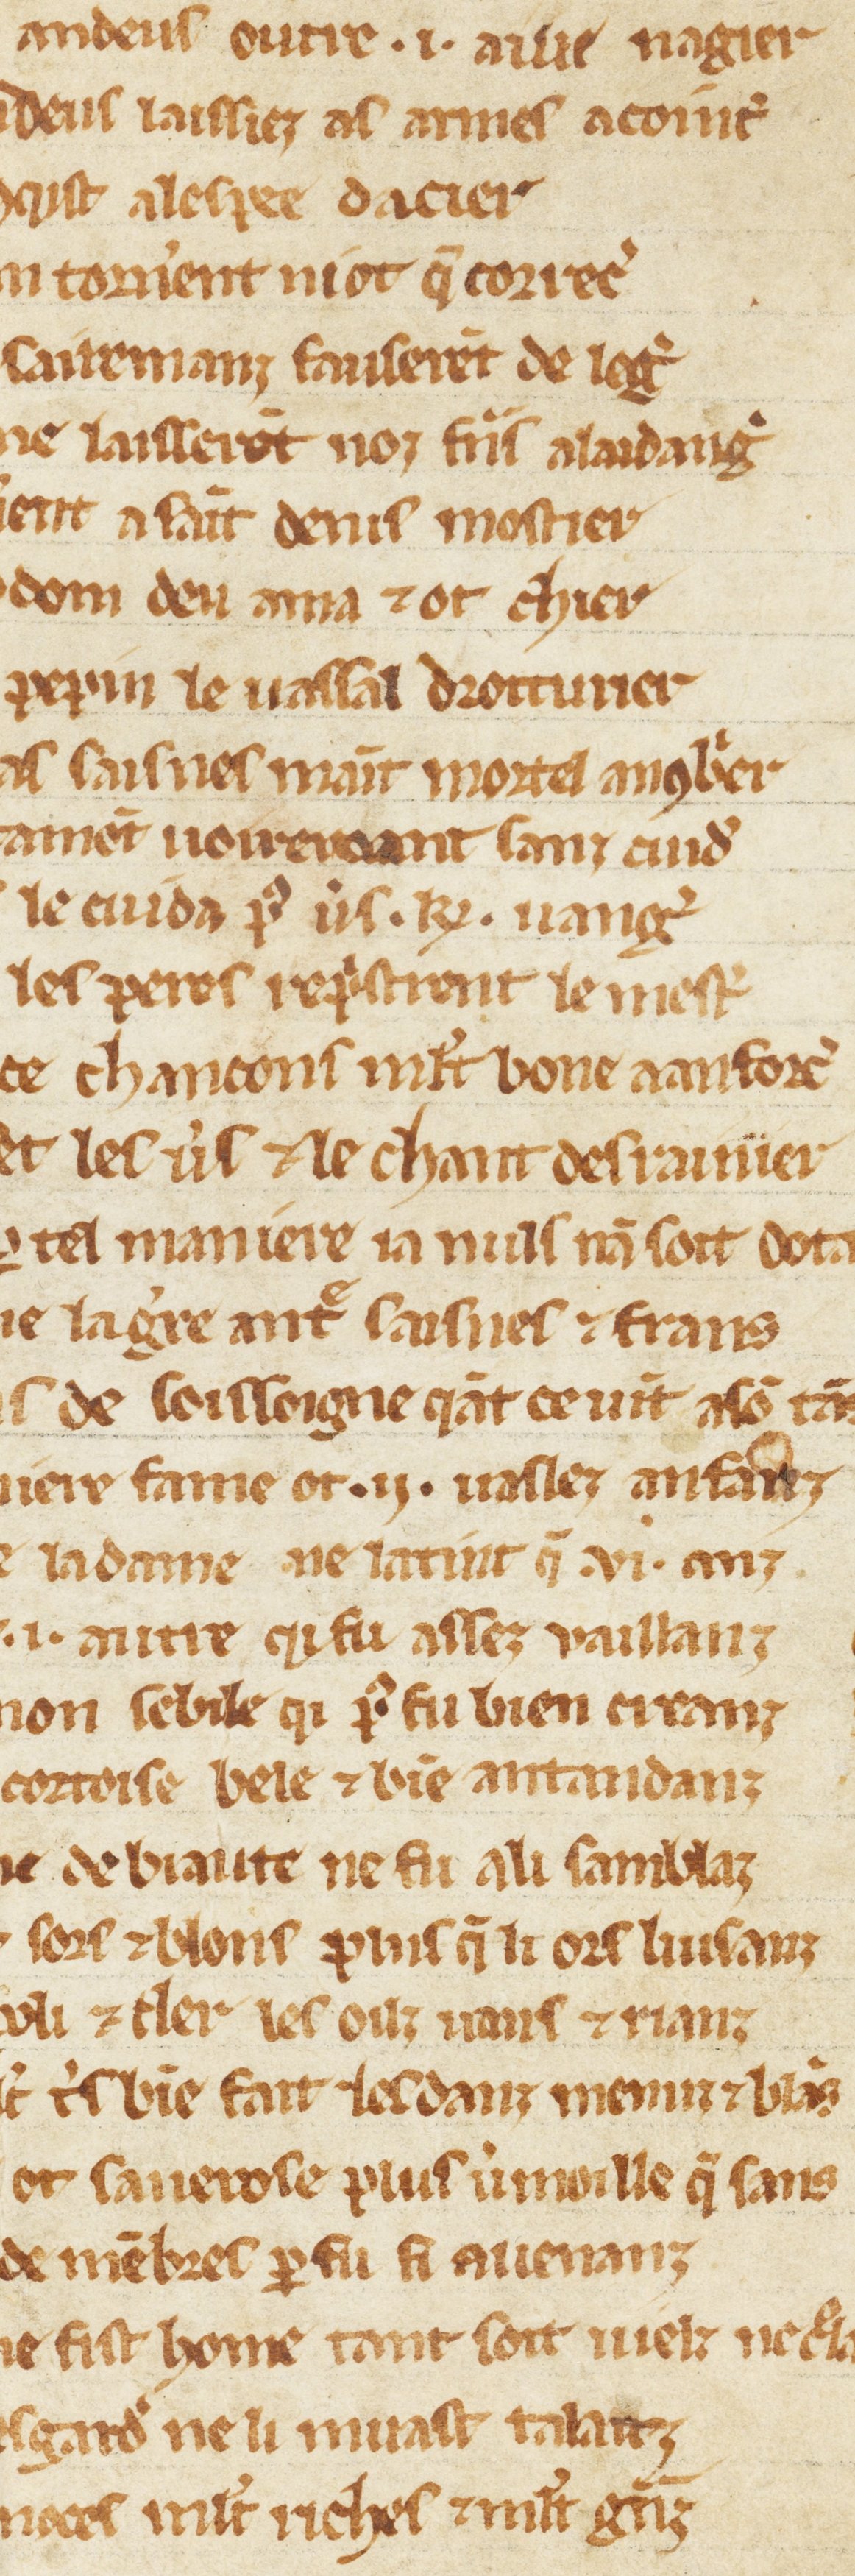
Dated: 1270–1299